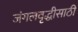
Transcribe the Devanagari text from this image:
जंगलवृद्धीसाठी